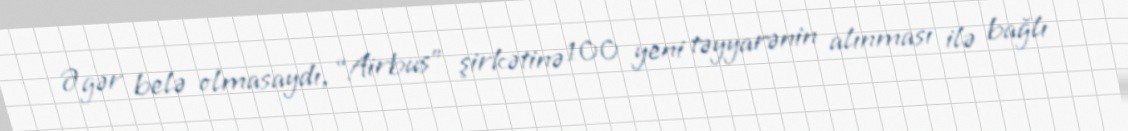
Əgər belə olmasaydı, “Airbus” şirkətinə 100 yeni təyyarənin alınması ilə bağlı